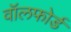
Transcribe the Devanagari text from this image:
वॉलफोर्ड